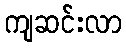
ကျဆင်းလာ